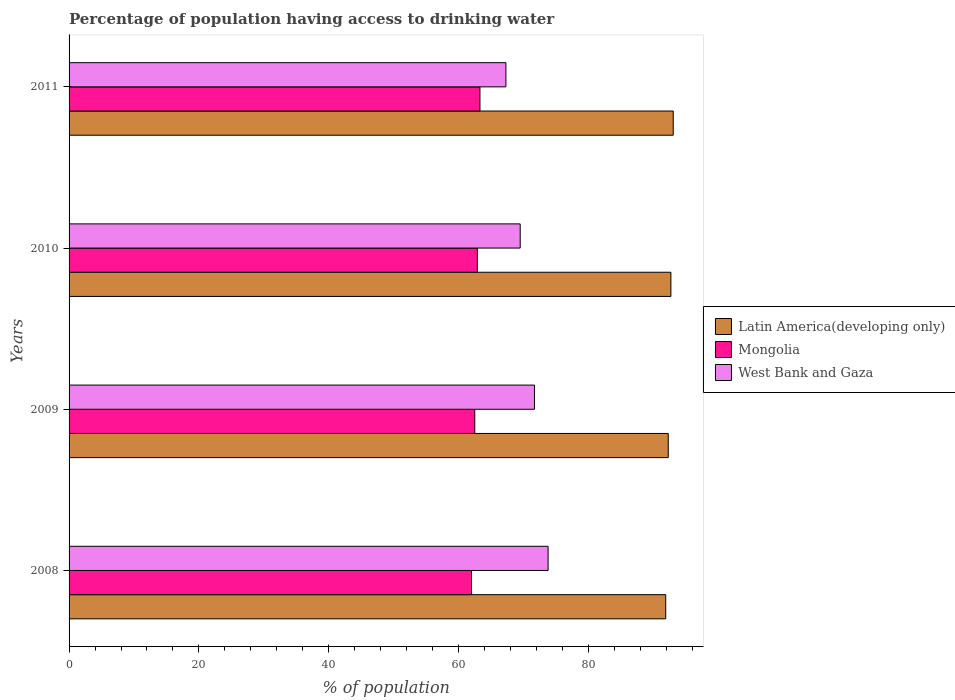
| Years | Latin America(developing only) | Mongolia | West Bank and Gaza |
 | --- | --- | --- | --- |
 | 2008 | 91.9 | 62 | 73.8 |
 | 2009 | 92.3 | 62.5 | 71.7 |
 | 2010 | 92.7 | 62.9 | 69.5 |
 | 2011 | 93.1 | 63.3 | 67.3 |